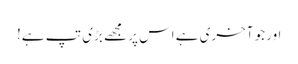
اور جو آخری ہے اس پر مجھے بڑی تپ ہے!